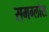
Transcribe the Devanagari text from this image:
समग्लोस